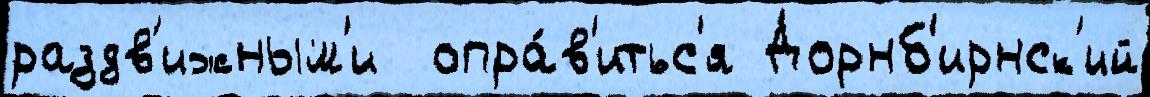
раздв'ижным'и  опра́в'итьс'я Дорнб'ирнск'ий